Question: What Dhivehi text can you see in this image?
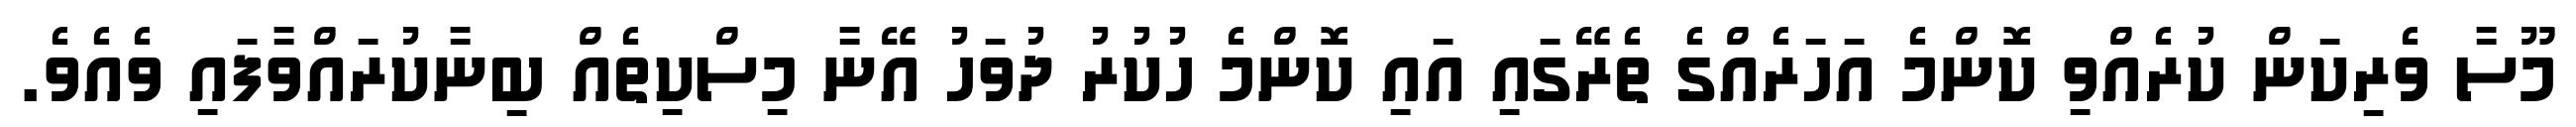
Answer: މޫސާ ވެރިކަން ކުރެއްވި ކޮންމެ އަހަރެއްގެ ތެރޭގައި އައި ކޮންމެ ހުކުރު ދުވަހު އޭނާ މިސްކިތެއް ބިނާކުރައްވާފައި ވެއެވެ.